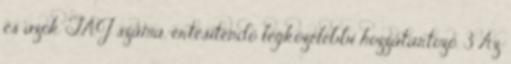
és azok TAJ száma, értesítendő legközelebbi hozzátartozó. 3 Az